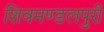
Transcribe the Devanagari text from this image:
शिवमण्डलपुरी